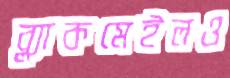
ব্ল্যাকমেইলও